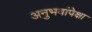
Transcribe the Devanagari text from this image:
अनुभवांपेक्षा